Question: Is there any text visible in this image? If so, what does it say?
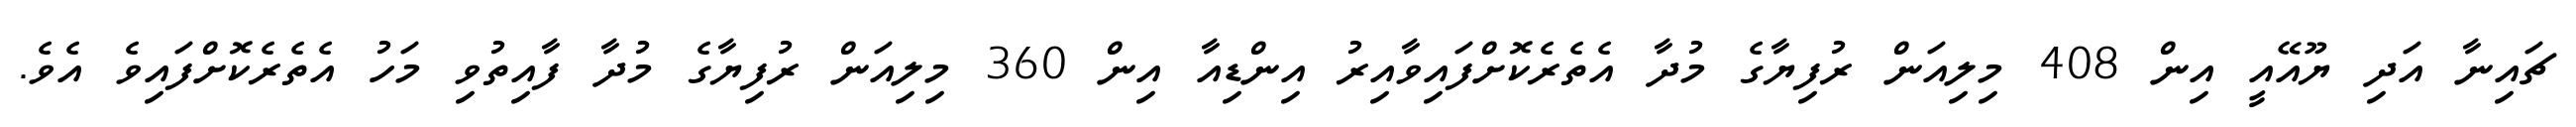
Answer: ޗައިނާ އަދި ޔޫއޭއީ އިން 408 މިލިއަން ރުފިޔާގެ މުދާ އެތެރެކޮށްފައިވާއިރު އިންޑިއާ އިން 360 މިލިއަން ރުފިޔާގެ މުދާ ފާއިތުވި މަހު އެތެރެކޮށްފައިވެ އެވެ.